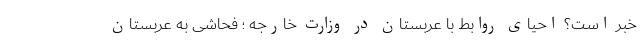
خبر است؟ احیای روابط با عربستان در وزارت خارجه ؛ فحاشی به عربستان